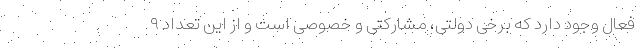
فعال وجود دارد که برخی دولتی، مشارکتی و خصوصی است و از این تعداد ۹